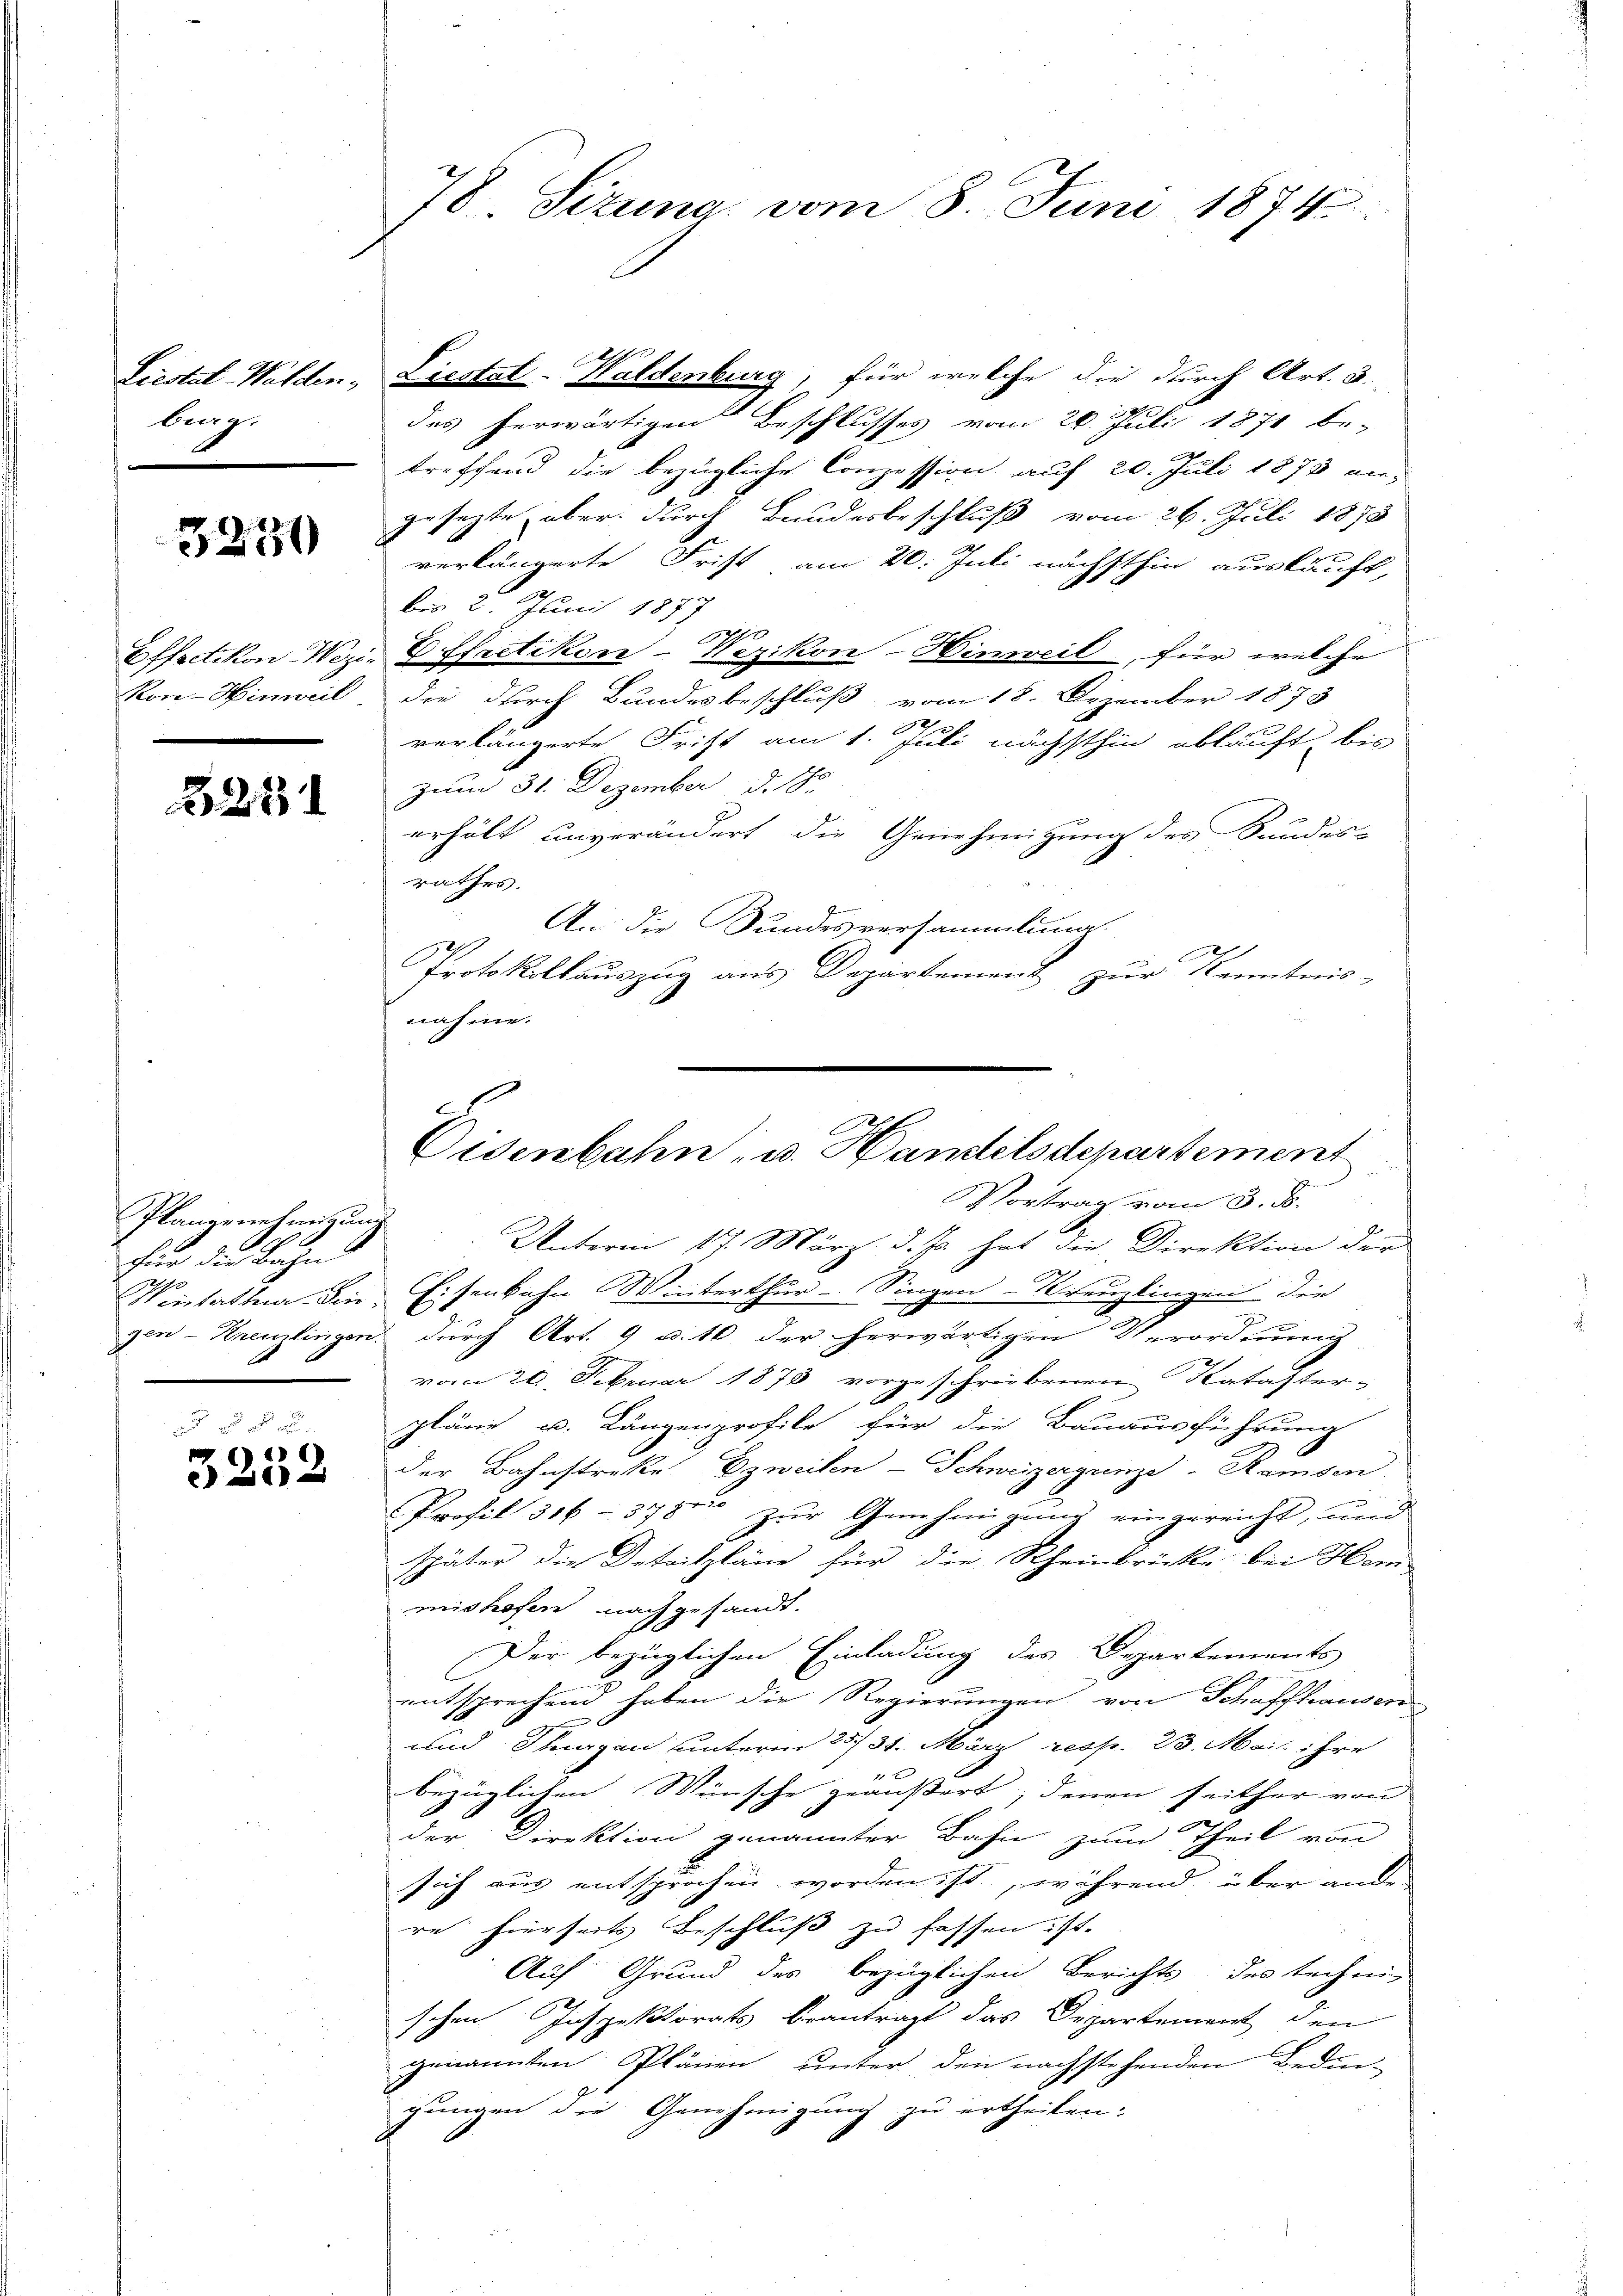
Liestal-Walden.
brag.

3230

Effedikon Woz
Ron-Hinweil

225

Plangenehmigung
Für die Bahn

3252

78. Sizung vom 8. Juni 1874.

Liestal-Waldenburg, für welche die durch Art. 3.
des herwärtigen Beschlusses vom 20. Juli 1871 be-
treffend die bezügliche Conzession auf 20. Juli 1873 ei-
gesezte, aber durch Bandesbeschluß vom 26. Juli 1873
verlängerte Frist am 20. Juli nächsthin auskauft,
ber 2. Juni 1897 890
Effretikon-Wezikon-Hinweil, für welche
die durch Bundesbeschluß vom 18. Dezember 1873

verlängerte Frist am 1. Juli nächsthin abläuft, bis
zum 31. Dezember d. J.
erhält unverändert die Genehmigung des Sundes-
rathes.
An die Bundesversammlung.
Protokollauszug aus Departement zur Kenntnis-
nahme.

Eisenbahn u. Handelsdepartement

Vortrag vom 3. ds.
Unterm 17. März d. Js. hat die Direktion der
Ventatina die Eisenbahn Winterthur–Singen-Kreuzlingen die
s
gen-Kreuzlingen durch Art. 9 u. 10 der herwärtigen Verordnung
vom 20. Februar 1878 vorgeschriebenen Kataster-
pläne u. Längenprofile für die Bauausführung
der Bahnstreke zweilen - Schweizergrunze-Ramsen
Profil 316-378 zur Genehmigung eingereicht, und
später die Detailpläne für die Rheinbrücke bei Hom
mishofen nach gesandt.
Der bezüglichen Einladung des Departements
entsprechend haben die Regierungen von Schaffhausen
und Thurgau unterm 25. 31. März resp. 23. Mai ihre
bezüglichen Wünsche geäußert, denen seither von
der Direktion genannter Bahn zum Theil von
sich aus entsprochen worden ist, während über ander
re hierseits Beschluß zu fassen ist.
Auf Grund des bezüglichen Berichts des technig
schen Inspektorats beantragt das Departement den
genannten Plänen ŭnter den nachstehenden Bedin-
gungen die Genehmigung zu ertheilen.